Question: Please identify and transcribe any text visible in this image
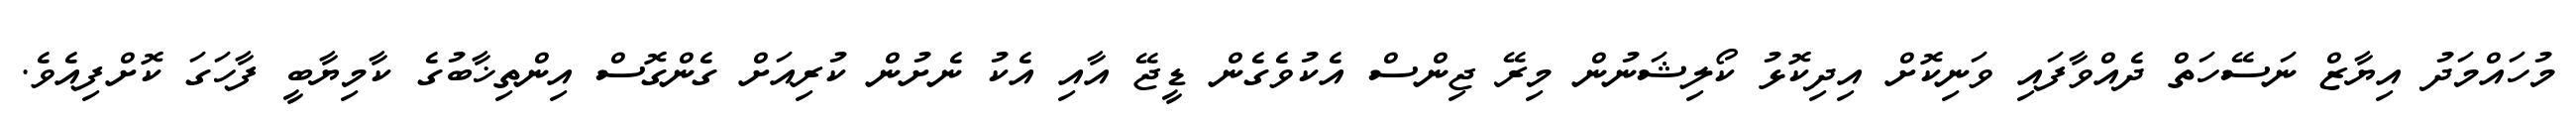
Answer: މުހައްމަދު އިޔާޒް ނަސޭހަތް ދެއްވާފައި ވަނިކޮށް އިދިކޮޅު ކޯލިޝަނުން މިރޭ ޖިންސް އެކުވެގެން ޑީޖޭ އާއި އެކު ނެށުން ކުރިއަށް ގެންގޮސް އިންތިޚާބުގެ ކާމިޔާބީ ފާހަގަ ކޮށްފިއެވެ.